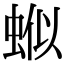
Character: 𬠊